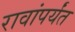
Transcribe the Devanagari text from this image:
रावांपर्यंत